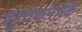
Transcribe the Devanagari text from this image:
बहुतकनीकि